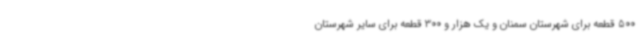
500 قطعه برای شهرستان سمنان و یک هزار و 300 قطعه برای سایر شهرستان